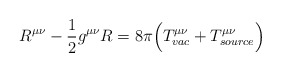
\begin{align*}R^{\mu\nu} - \frac{1}{2} g^{\mu\nu} R = 8\pi \Bigl( T^{\mu\nu}_{vac} + T^{\mu\nu}_{source}\Bigr)\end{align*}